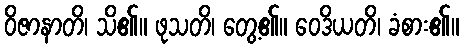
ဝိဇာနာတိ၊ သိ၏။ ဖုသတိ၊ တွေ့၏။ ဝေဒိယတိ၊ ခံစား၏။